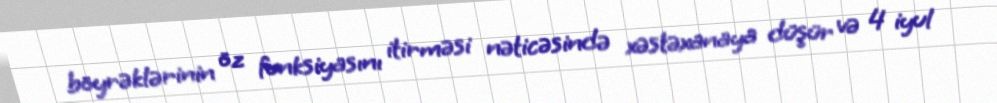
böyrəklərinin öz funksiyasını itirməsi nəticəsində xəstəxanaya düşür və 4 iyul